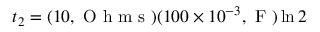
t _ { 2 } = ( 1 0 , \mathrm { ~ O ~ h ~ m ~ s ~ } ) ( 1 0 0 \times 1 0 ^ { - 3 } , \mathrm { ~ F ~ } ) \ln { 2 }